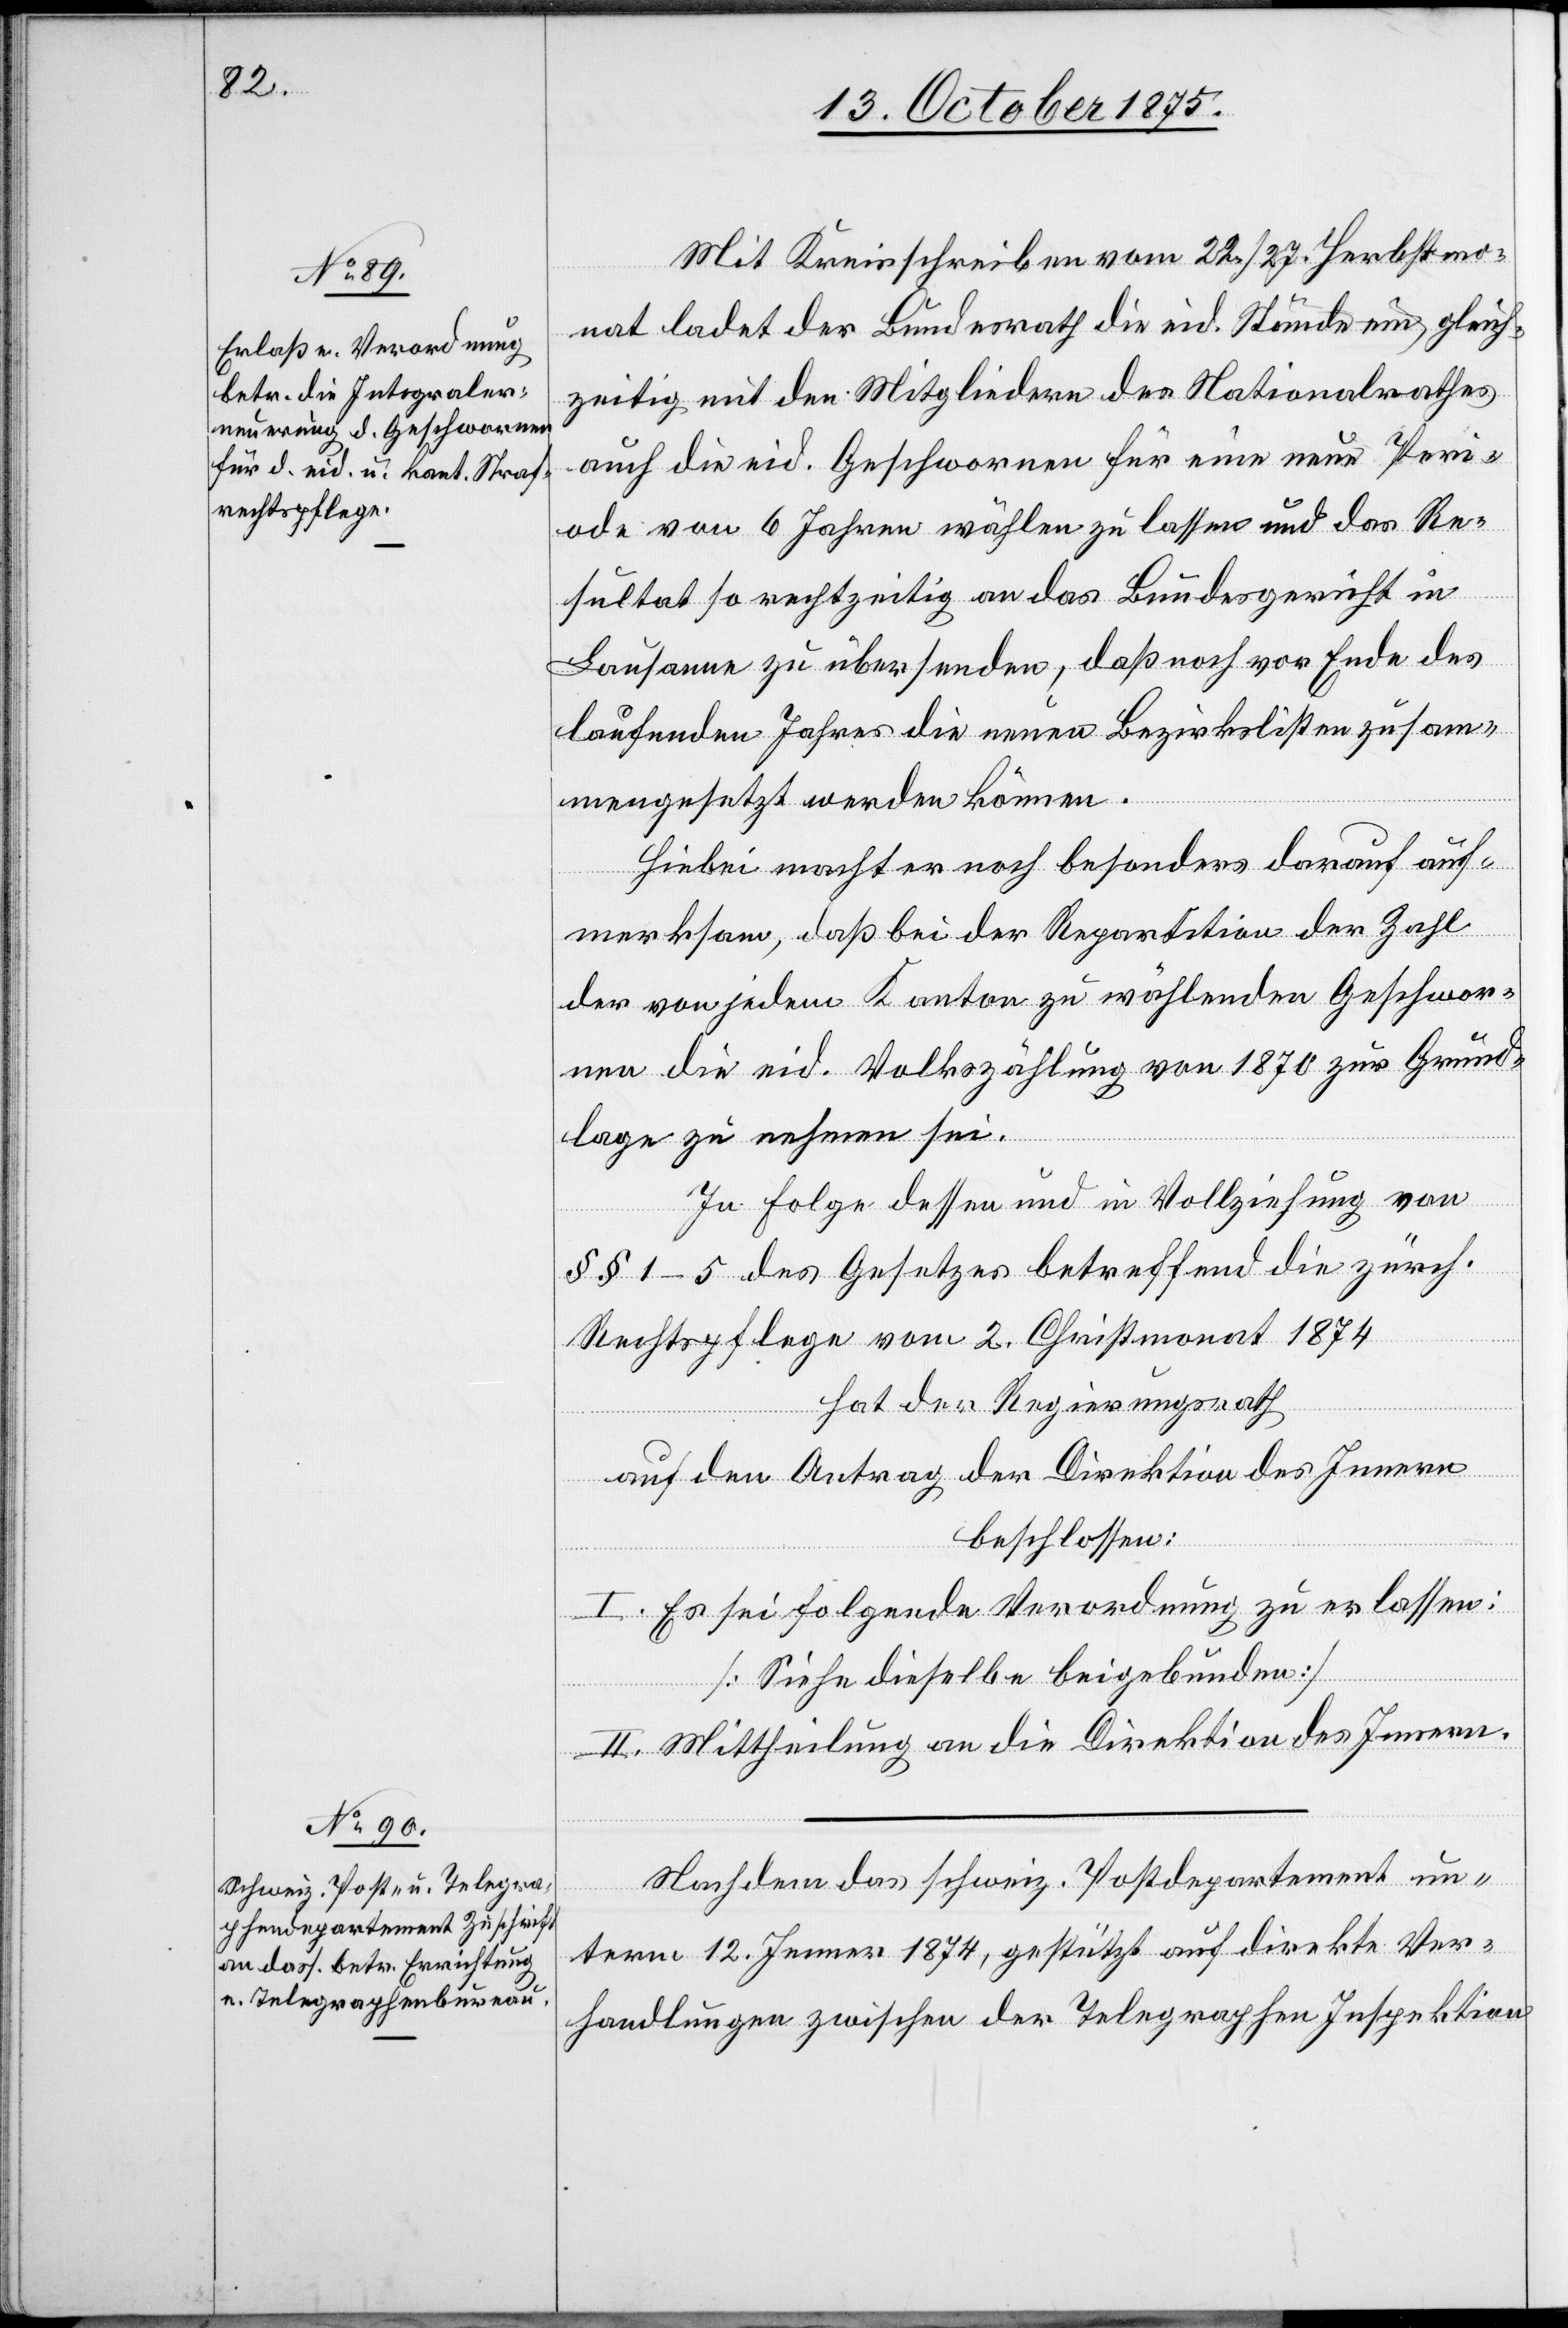
Mit Kreisschreiben vom 22./27. Herbstmo¬
nat ladet der Bundesrath die eid. Stände ein, gleich¬
zeitig mit den Mitgliedern des Nationalrathes
auch die eid. Geschwornen für eine neue Peri¬
ode von 6 Jahren wählen zu lassen und das Re¬
sultat so rechtzeitig an das Bundesgericht in
Lausanne zu übersenden, daß noch vor Ende des
laufenden Jahres die neuen Bezirkslisten zusam¬
mengesetzt werden können.
Hiebei macht er noch besonders darauf auf¬
merksam, daß bei der Repartition der Zahl
der von jedem Kanton zu wählenden Geschwor¬
nen die eid. Volkszählung von 1870 zur Grund¬
lage zu nehmen sei.
In Folge dessen und in Vollziehung von
§§ 1–5 des Gesetzes betreffend die zürch.
Rechtspflege vom 2. Christmonat 1874
hat der Regierungsrath,
auf den Antrag der Direktion des Innern
beschlossen:
I. Es sei folgende Verordnung zu erlassen:
[Siehe dieselbe beigebunden]
II. Mittheilung an die Direktion des Innern.
Nachdem das schweiz. Postdepartement un¬
term 12. Jenner 1874, gestützt auf direkte Ver¬
handlungen zwischen der Telegraphen[-]Inspektion